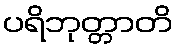
ပရိဘုတ္တာတိ